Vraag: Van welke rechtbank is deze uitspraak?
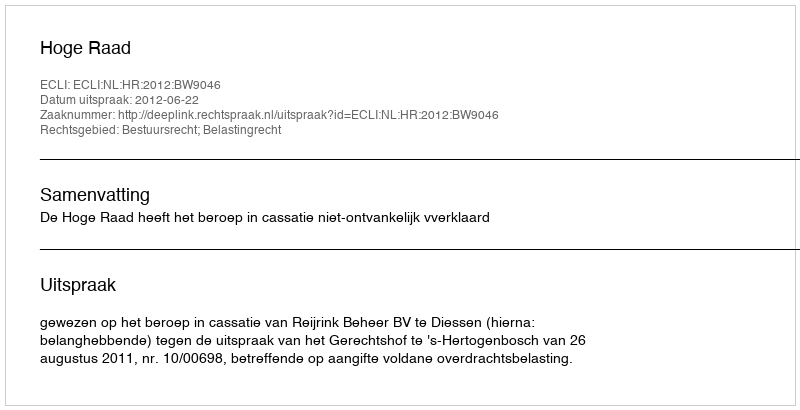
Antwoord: Hoge Raad